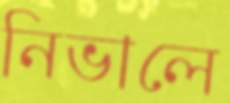
নিভালে